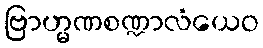
ဗြာဟ္မဏစဏ္ဍာလံယေဝ